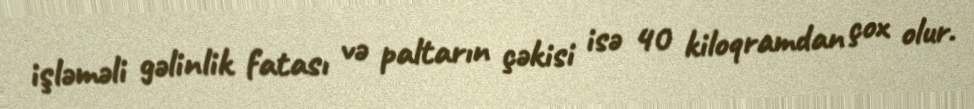
işləməli gəlinlik fatası və paltarın çəkisi isə 40 kiloqramdan çox olur.